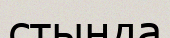
стында